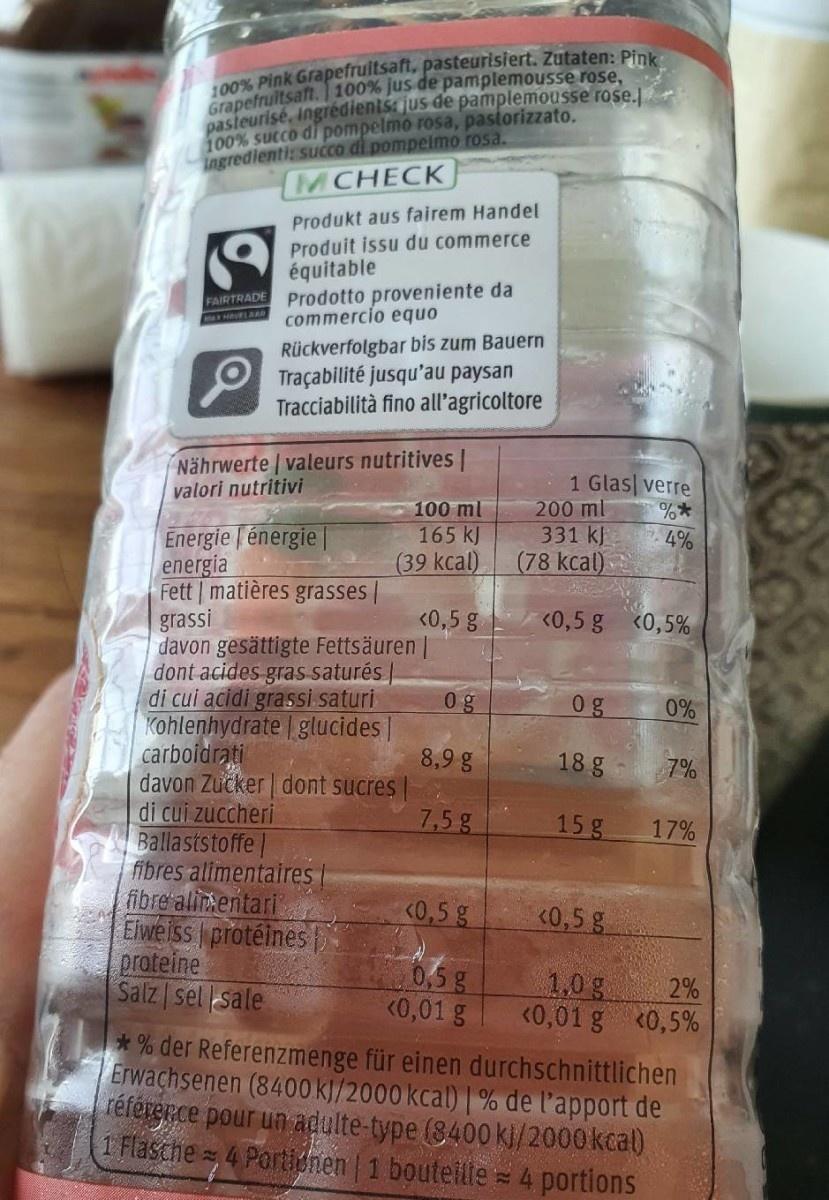
00% Pink Grapefrultsaft, pasteurisiert. Zutaten: Pink Grapefrultsaft. 1 100% jus de pamplemousse rose, pasteurisé, Ingrédienis: jus de pamplemousse rose. 100% succo di pompelmo rosa, pasiorizzato. ingredienti: succo di pompelmo rosa. MCHECK
Produkt aus fairem Handel Produit issu du commerce équitable FAIRTRADE Prodotto proveniente da commercio equo
MAHAVELAAe
Rückverfolgbar bis zum Bauern Traçabilité jusqu'au paysan Tracciabilità fino all'agricoltore
Nährwerte valeurs nutritives | valori nutritivi
100 ml 165 kJ (39 kcal)
1 Glas verre 200 ml 331 kJ (78 kcal)
Energie | énergie energia Fett | matières grasses | grassi davon gesättigte Fettsäuren | dont acides gras saturés | di cui acidi grassi saturi Kohlenhydrate glucides|| carboidrati davon Zucker dont sucres di cui zuccheri Ballaststoffe| fibres alimentaires| fibre alinentari Eiweiss protéines proteine Salz sel sale
4%
<0,5 g
<0,5 g <0,5%
0 g
0g
0%
8,9 g
18 g
7%
7,5 g
15 g
17%
<0,5 g
<0,5 g
0,5 g <0,01 g
1,0g
2% <0,01 g «0,5% *% der Referenzmenge für einen durchschnittlichen Erwachsenen (8400 kj/2000 kcal) | % de l'apport de référerce pour un adulte-type (8400 kl/2000kcal) 1 Flasche4 Portidhen 1 bouteilte = 4 portions